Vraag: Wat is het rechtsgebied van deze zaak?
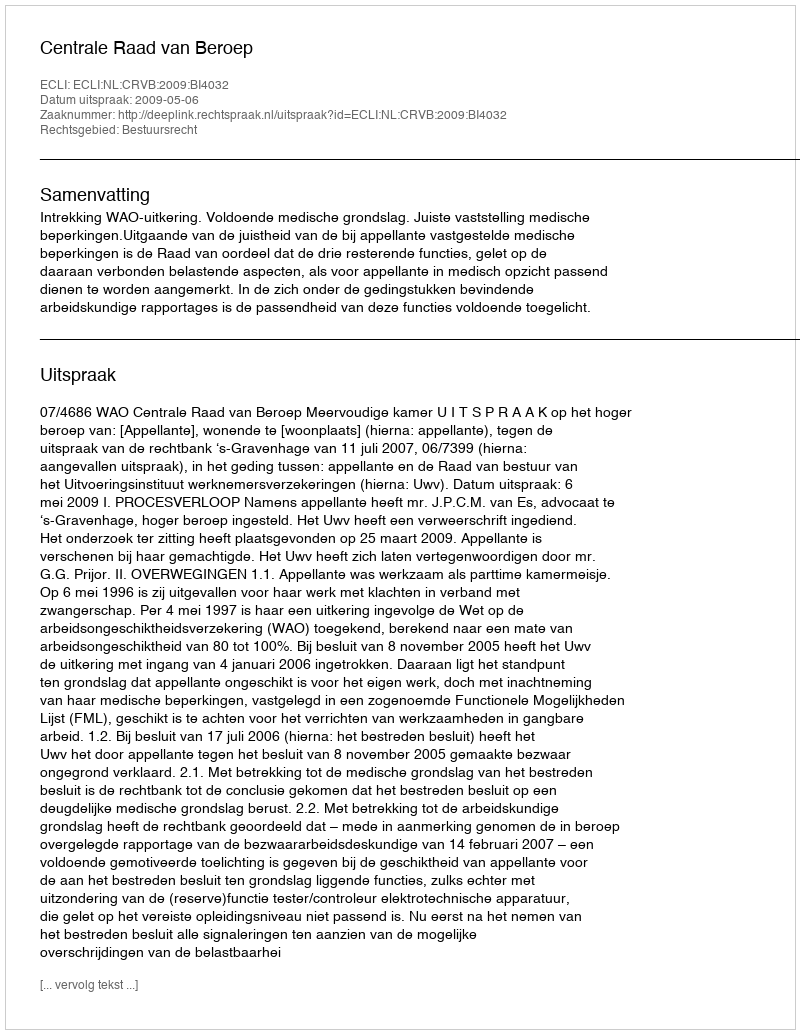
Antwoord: Bestuursrecht